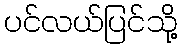
ပင်လယ်ပြင်သို့